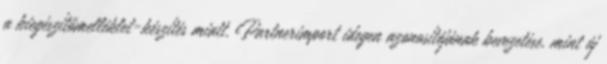
a kiegészítőmelléklet-készítés miatt. Partnerimport idegen azonosítójának bevezetése, mint új